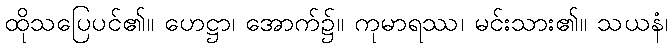
ထိုသပြေပင်၏။ ဟေဋ္ဌာ၊ အောက်၌။ ကုမာရဿ၊ မင်းသား၏။ သယနံ၊